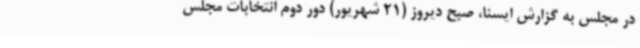
در مجلس به گزارش ایسنا، صبح دیروز (21 شهریور) دور دوم انتخابات مجلس